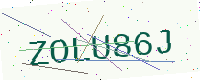
Text: ZOLU86J